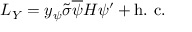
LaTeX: { \cal { L } } _ { Y } = y _ { \psi } \widetilde { \sigma } \overline { { { \psi } } } H \psi ^ { \prime } + \mathrm { h . ~ c . }